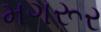
મગરૂર